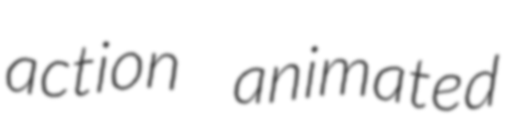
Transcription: action animated